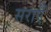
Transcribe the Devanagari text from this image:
सराएँ